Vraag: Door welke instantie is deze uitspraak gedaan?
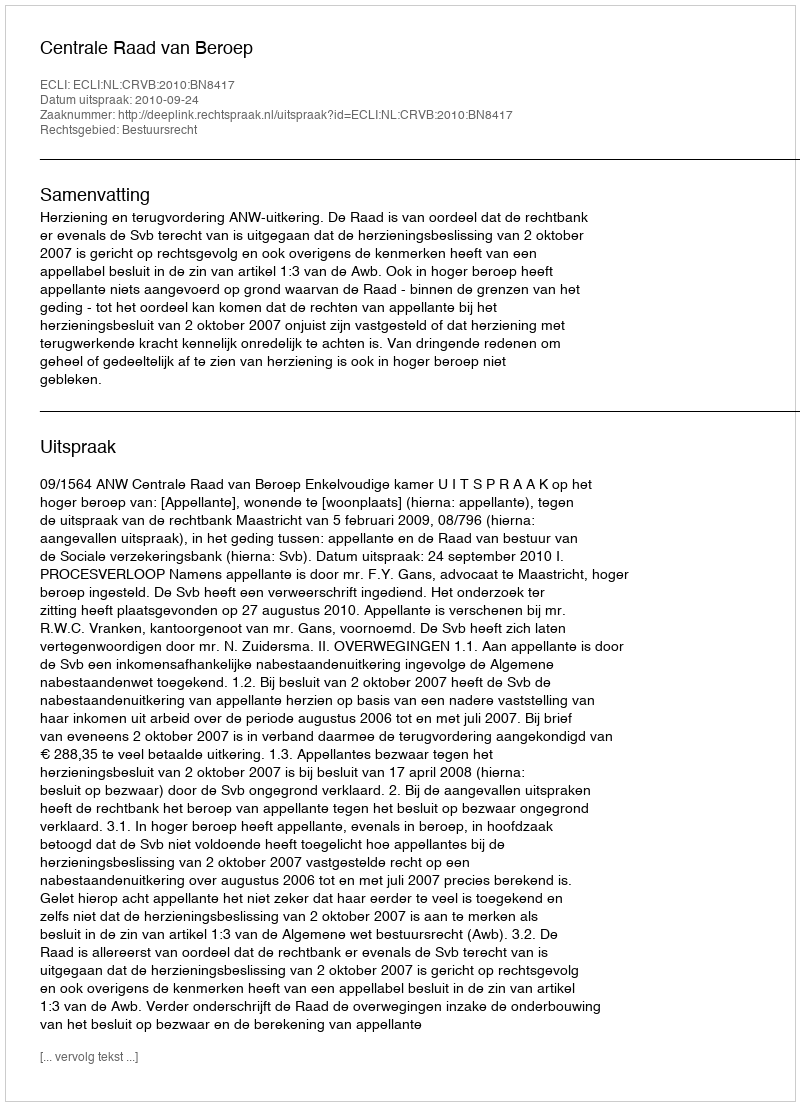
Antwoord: Centrale Raad van Beroep